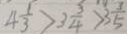
4 \frac { 1 } { 3 } > 3 \frac { 3 } { 4 } > 3 \frac { 3 } { 5 }